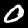
Digit: 0